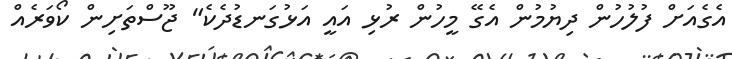
އެގެއަށް ފުލުހުން ދިޔުމުން އެގޭ މީހުން ރުޅި އައީ އަޅުގަނޑުދެކެ" ޖޫސްތަށިން ކޯވަރެއް